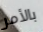
بالأمر